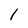
Character: l